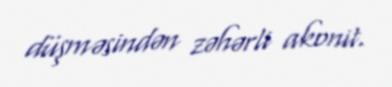
düşməsindən zəhərli akonit.